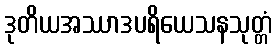
ဒုတိယအဿာဒပရိယေသနသုတ္တံ